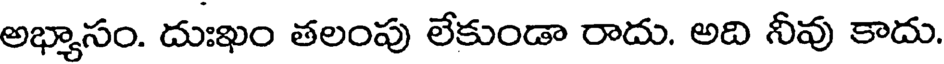
అభ్యాసం. దుఃఖం తలంపు లేకుండా రాదు. అది నీవు కాదు.